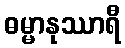
ဓမ္မာနုဿာရီ